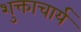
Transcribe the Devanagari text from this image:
शुक्ताचार्य